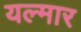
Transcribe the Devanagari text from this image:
यल्मार